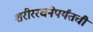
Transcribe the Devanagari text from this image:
शरीररचनेपर्यंतची